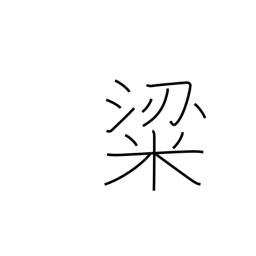
Meaning: high quality rice